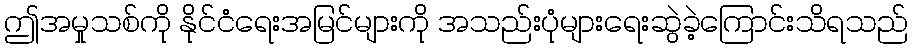
ဤအမှုသစ်ကို နိုင်ငံရေးအမြင်များကို အသည်းပုံများရေးဆွဲခဲ့ကြောင်းသိရသည်